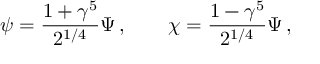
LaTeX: \psi = \frac { 1 + \gamma ^ { 5 } } { 2 ^ { 1 / 4 } } \Psi \, , \qquad \chi = \frac { 1 - \gamma ^ { 5 } } { 2 ^ { 1 / 4 } } \Psi \, ,